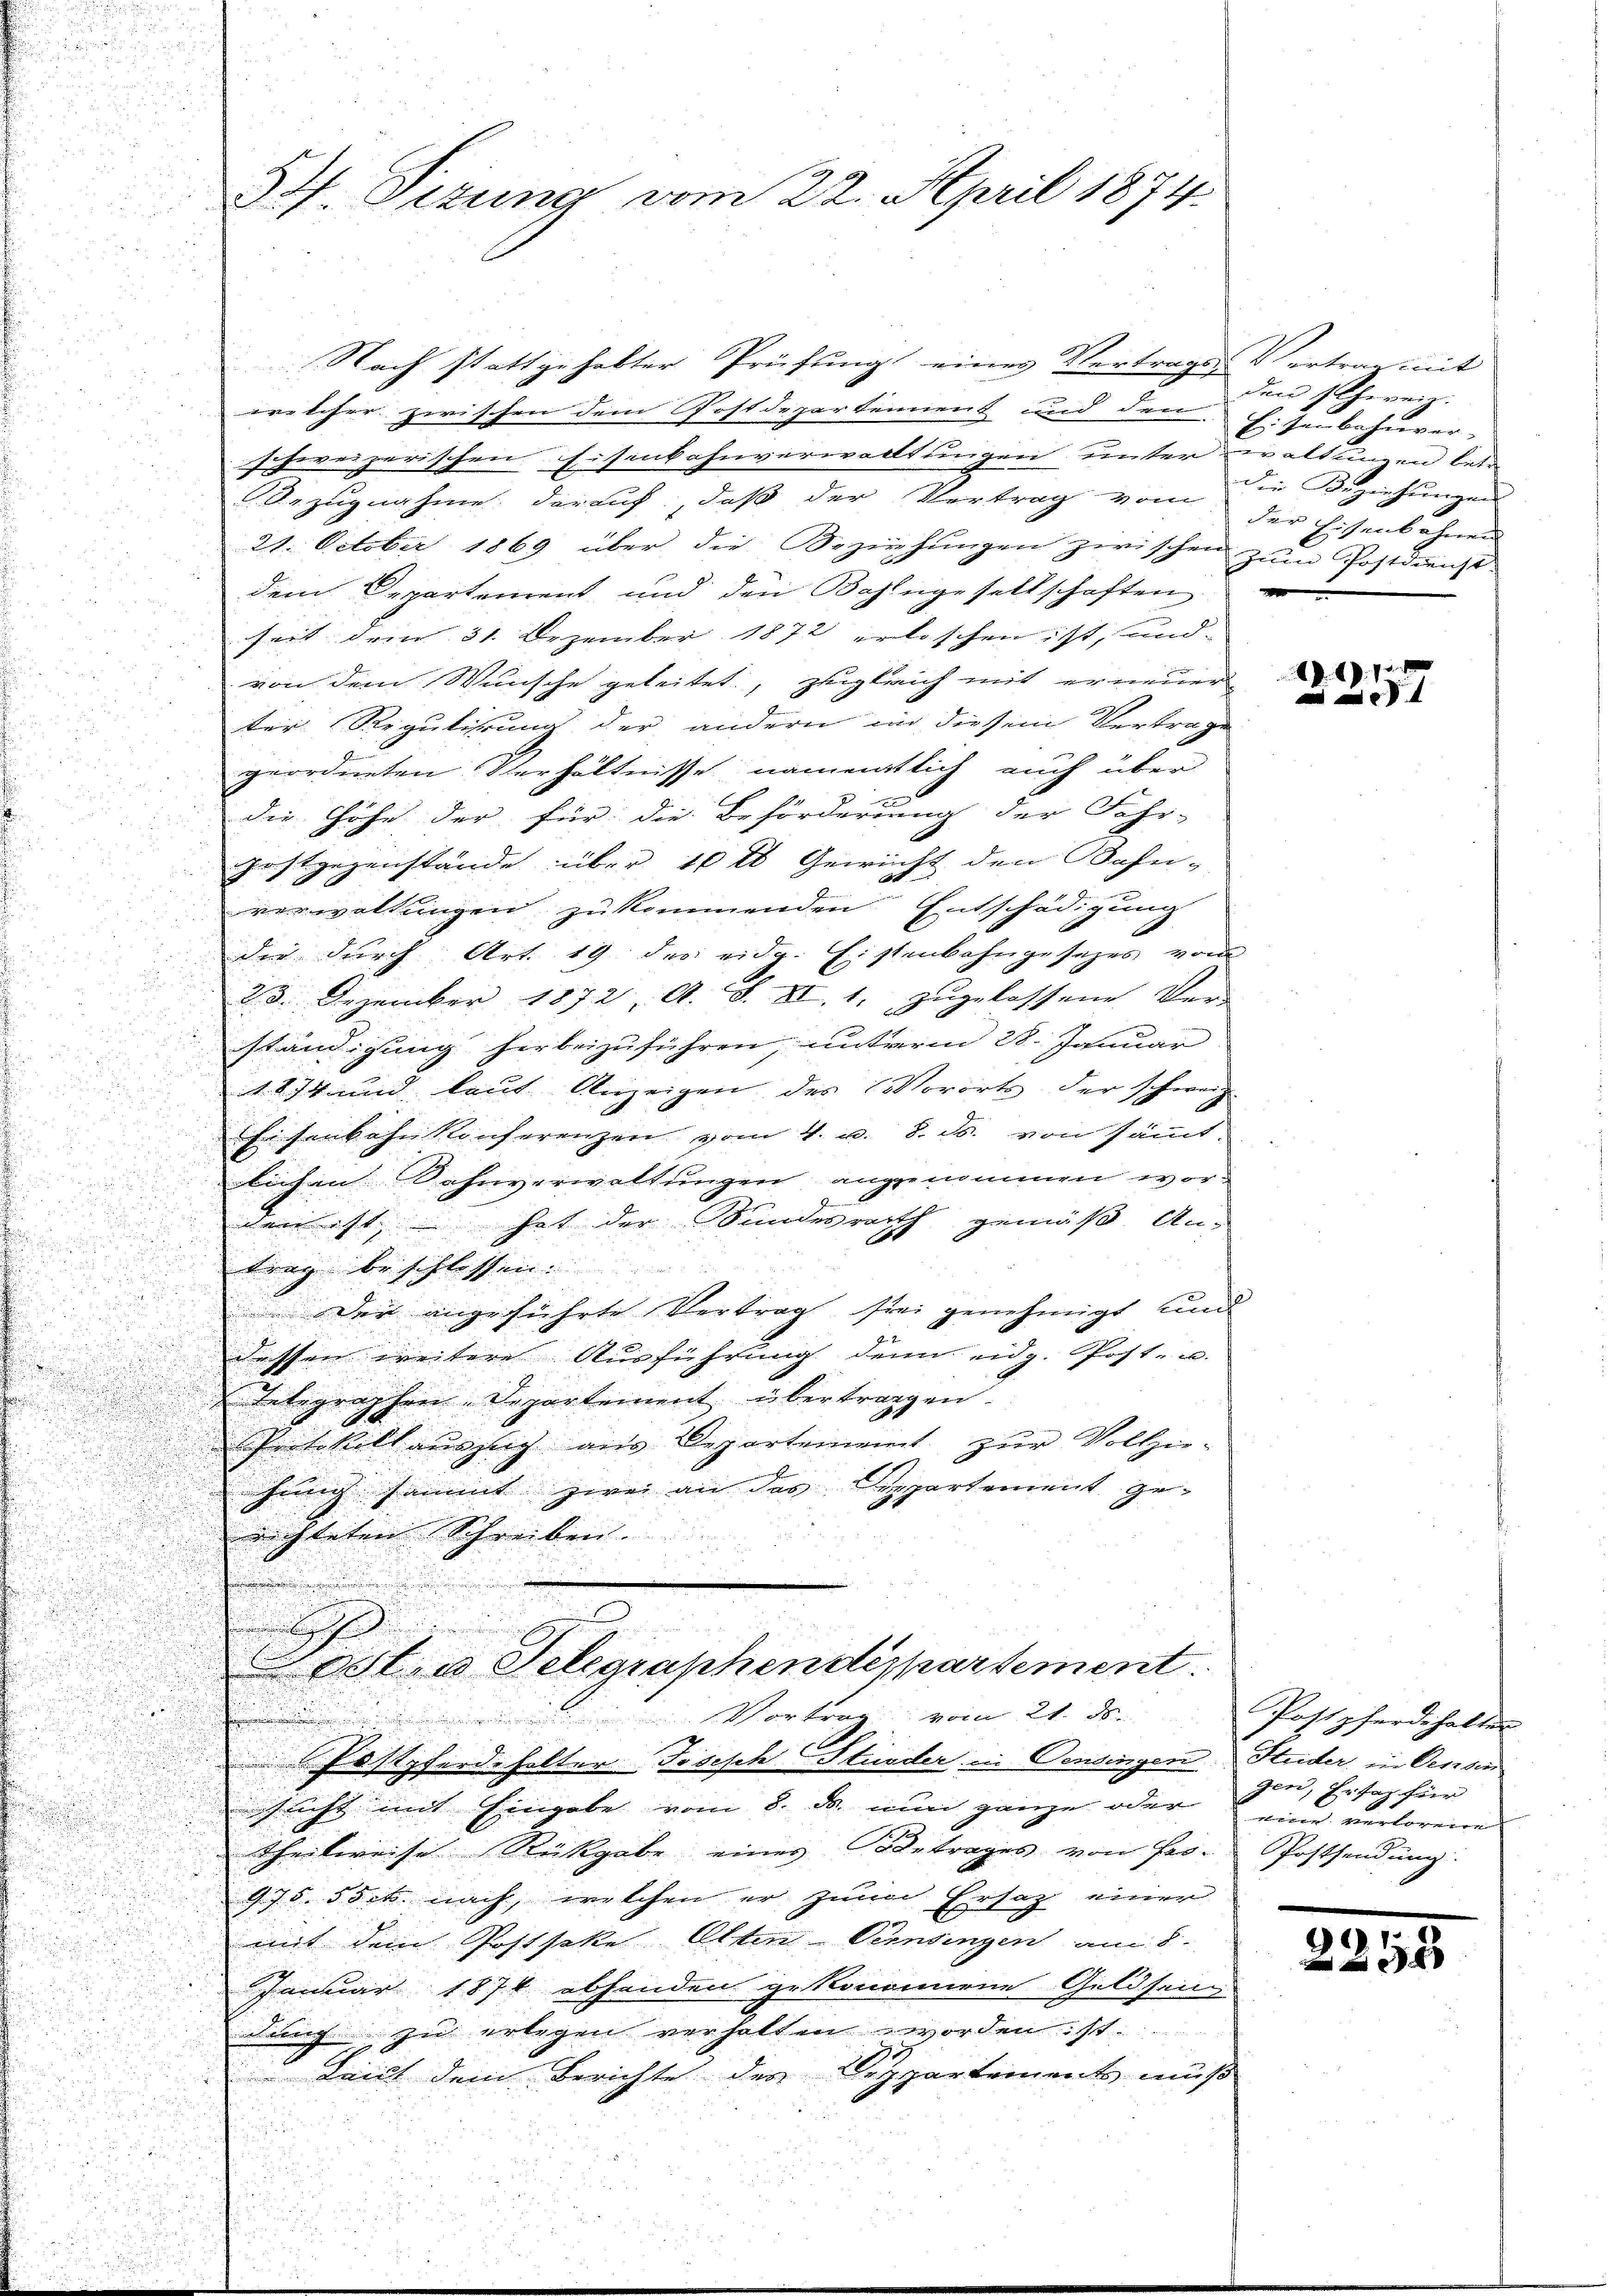
Nach stattgehabter Prüfung eines Vertrags-Vertrag mit
welcher zwischen dem Postdepartement und den
schweizerischen Eisenbahnverwaltungen unter waltungen betr
Bezugnahme darauf, daß der Vertrag vom die Beziehungen
21. October 1869 über die Beziehungen zwischen zum Postdienst
dem Departement und den Bahngesellschaften
seit dem 31. Dezember 1872 erloschen ist, und |
von dem Wunsche geleitet, zugleich mit erneuer
der Regulirung der andern in diesem Vertrage
geordneten Verhältnisse namentlich auch über
die Höhe der für die Beförderung der Fahr-
d
u
Gastgegenstände über 10 l Gewicht den Bahn-
verwaltungen zukommenden Entschädigung
der durch Art. 19 des eidg. Eisenbahngesezes vom
23. Dezember 1872 A. S. XI. 1, zugelassene Ver
ständigung herbeizuführen, unterm 28. Januar
u
.

1874 und laut Anzeigen des Vororts der schweiz
.
Eisenbahn Konferenzen vom 4. v. 8. ds. von sämmt¬
u
lichen Sohnverwaltungen angenommen wor¬

e
den ist, hat der Sundesrath gemäß An-
.

F
u

trag beschlossen.

Der angeführte Vertrag sei genehmigt und
dessen weitere Ausführung denn eidg. Post- u.
E. Integraphen. Departement übertragen.
Protokoll auszug aus Departement zur Vollzie-
.
hinig sammt zwei an das Departement ge-
richteten Schreiben.
h
tin Telegraphendespartement.
i Vortrag vom 21. d.

.
Postpferdehalter Joseph Stunder in Pensingen Seider in Censen
sricht mit Eingabe vom 8. d. nun ganze oder
Theilereise Rückgabe eines Betrages von Pro-
975. 55 rt. nach, welchen er zum Ersatz einen
u
 preng
n
mit dem Postsakte Alten-Versingen am 8.
Januar 1874 abhanden gekommene Geldsenn
dunch zu erlegen verhalten worden ist.
 Leich dem Berichte des Departements muß

31. Dezung vom 22. April 1874.

den schweiz.
Eisenbahnver-
der Eisenbahnen

1

2258

Postpferdehalter
gen, Er sag für
weren verloreire
Postsendung.